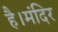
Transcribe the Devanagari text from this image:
है।मंदिर